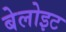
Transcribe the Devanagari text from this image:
बेलोइट